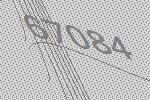
67084